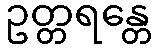
ဥတ္တရန္တေ